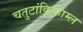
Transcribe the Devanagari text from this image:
चतुटांकिकाम्ल